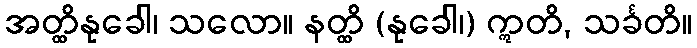
အတ္ထိနုခေါ၊ သလော။ နတ္ထိ (နုခေါ၊) ဣတိ, သင်္ခတိ။